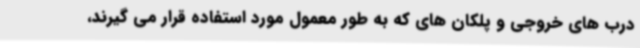
درب های خروجی و پلکان های که به طور معمول مورد استفاده قرار می گیرند،